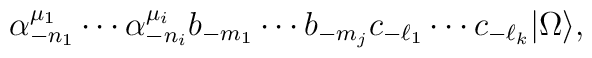
\alpha^{\mu_1}_{-n_1}\cdots \alpha^{\mu_i}_{-n_i}b_{-m_1}\cdots b_{-m_j}c_{-\ell_1}\cdots c_{-\ell_k} |\Omega\rangle,